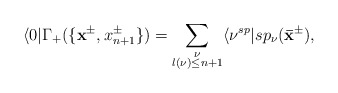
\begin{align*}\langle 0|\Gamma_+(\{\mathbf{x}^{\pm},x^{\pm}_{n+1}\})=\sum_{\substack{\nu\\l(\nu)\leq n+1}}\langle\nu^{sp}|sp_\nu(\mathbf{\bar{x}}^{\pm}),\end{align*}